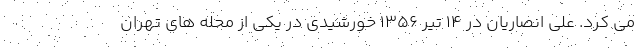
می کرد. علی انصاریان در ۱۴ تیر ۱۳۵۶ خورشیدی در یکی از محله های تهران